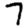
Digit: 7